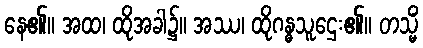
နေ၏။ အထ၊ ထိုအခါ၌။ အဿ၊ ထိုဂန္ဓသူဌေး၏။ တသ္မိံ